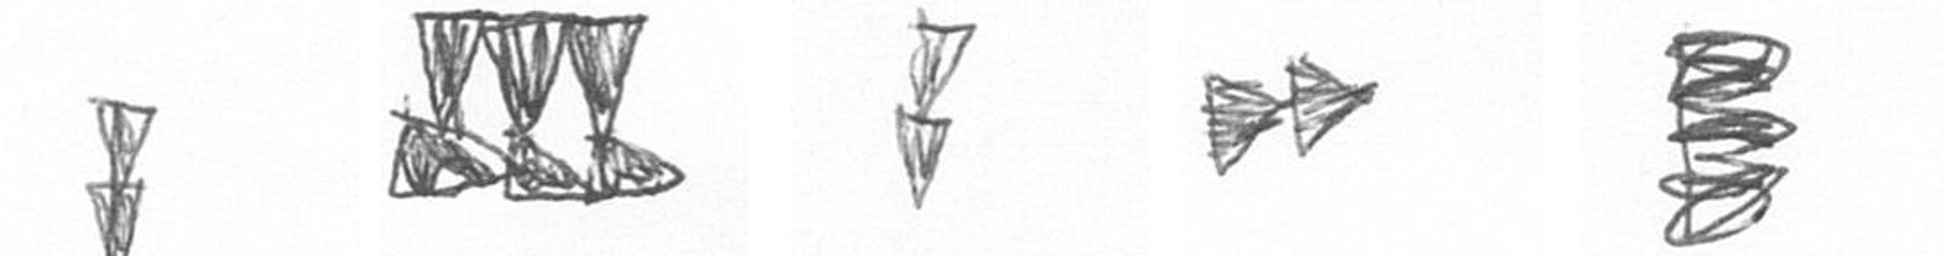
Z D Z A H